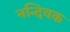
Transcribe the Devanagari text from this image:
नन्दिवक